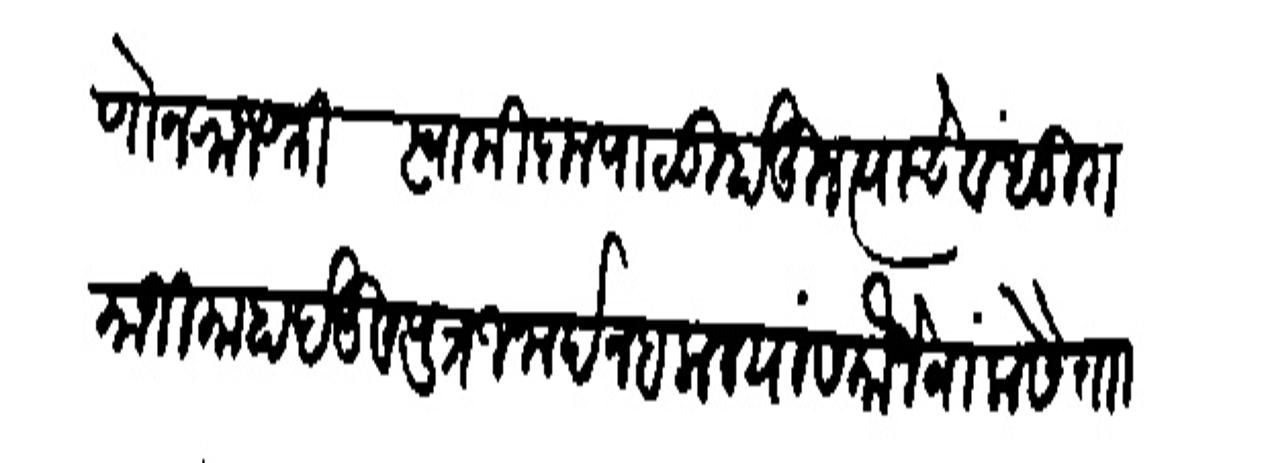
Transliteration (Devanagari): म्हणोन राजशी स्वामी कृपाळू होऊन त्याचे बंधु रामाजी भाहादेऊ व पुत्र जनार्दन बलाल यांस मौजे बांलोसे ताा